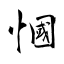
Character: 慖